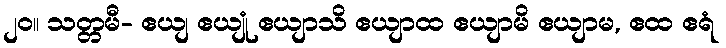
၂၀။ သတ္တမီ- ဧယျ ဧယျုံ ဧယျာသိ ဧယျာထ ဧယျာမိ ဧယျာမ, ဧထ ဧရံ